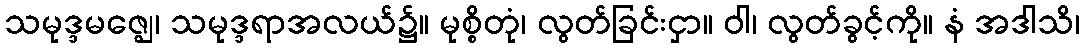
သမုဒ္ဒမဇ္ဈေ၊ သမုဒ္ဒရာအလယ်၌။ မုစ္စိတုံ၊ လွတ်ခြင်းငှာ။ ဝါ၊ လွတ်ခွင့်ကို။ နံ အဒါသိ၊